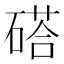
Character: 𥔽